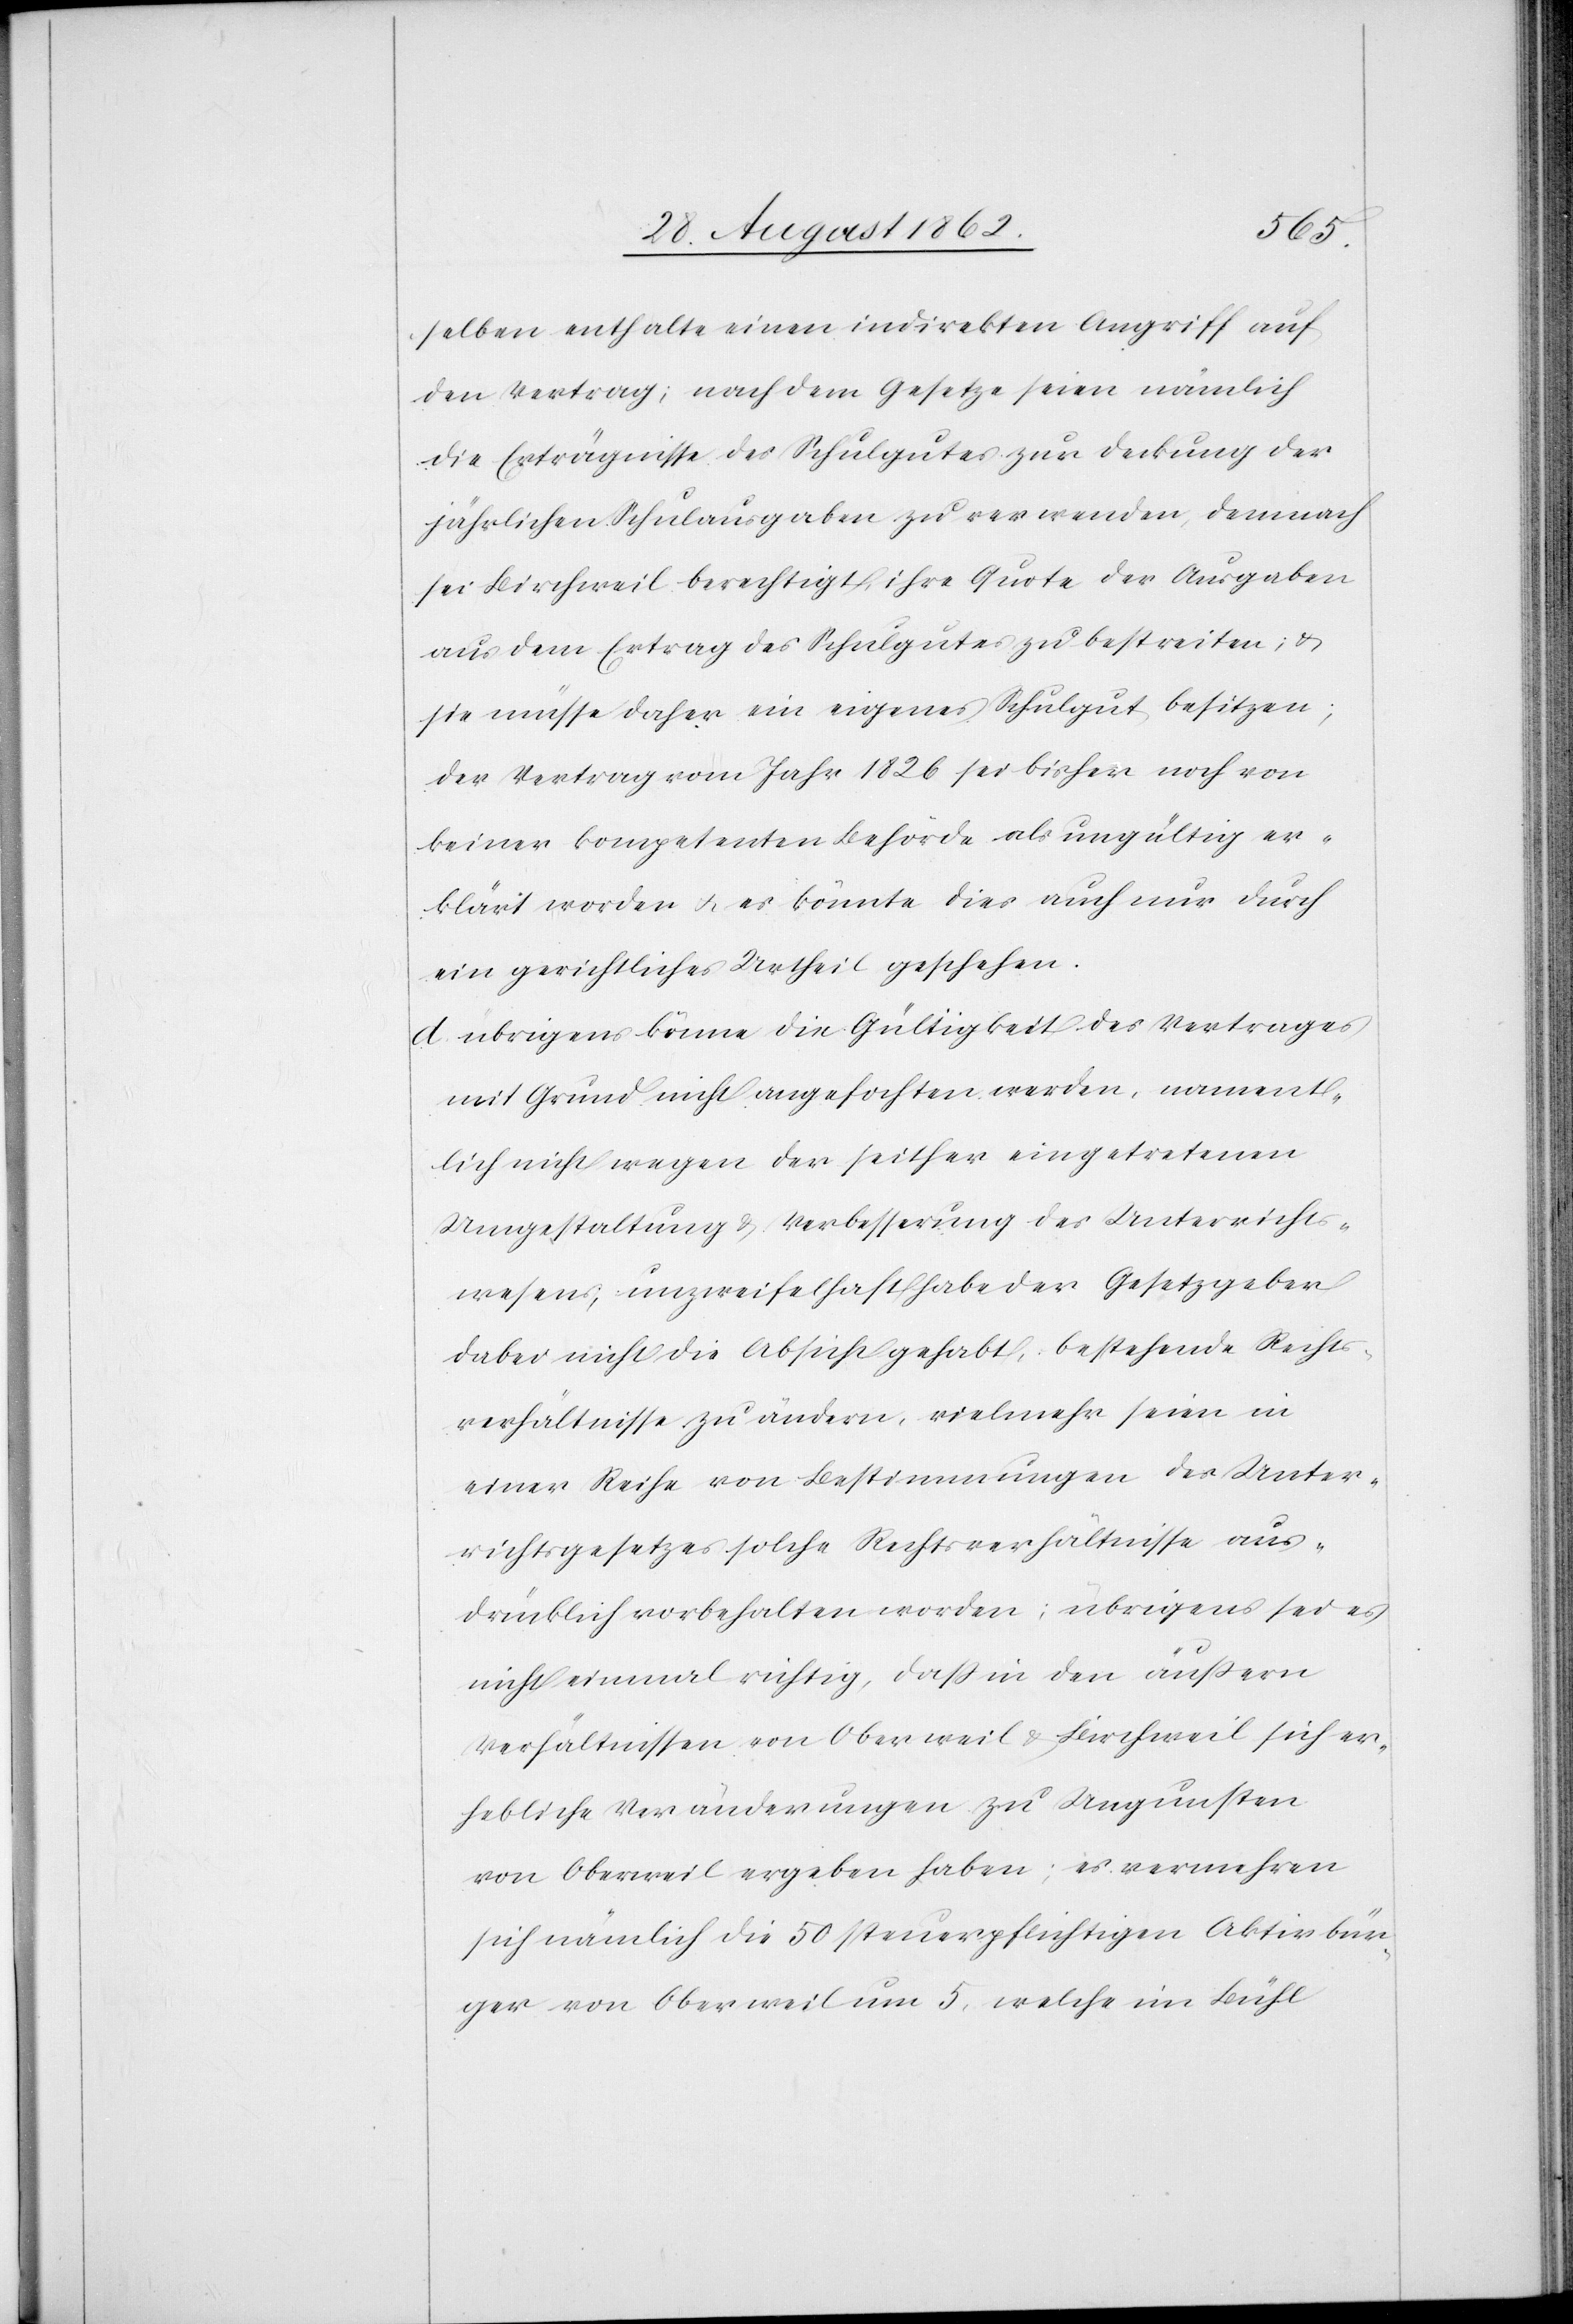
selben enthalte einen indirekten Angriff auf
den Vertrag; nach dem Gesetze seien nämlich
die Erträgnisse des Schulgutes zur Deckung der
jährlichen Schulausgaben zu verwenden, demnach
sei Birchweil berechtigt, ihre Quote der Ausgaben
aus dem Ertrag des Schulgutes zu bestreiten; u.
sie müsse daher ein eigenes Schulgut besitzen;
der Vertrag vom Jahr 1826 sei bisher noch von
keiner kompetenten Behörde als ungültig er¬
klärt worden u. es könnte dies auch nur durch
ein gerichtliches Urtheil geschehen.
d. übrigens könne die Gültigkeit des Vertrages
mit Grund nicht angefochten werden, nament¬
lich nicht wegen der seither eingetretenen
Umgestaltung u. Verbesserung des Unterrichts¬
wesens; unzweifelhaft habe der Gesetzgeber
dabei nicht die Absicht gehabt, bestehende Rechts¬
verhältnisse zu ändern, vielmehr seien in
einer Reihe von Bestimmungen des Unter¬
richtsgesetzes solche Rechtsverhältnisse aus¬
drücklich vorbehalten worden; übrigens sei es
nicht einmal richtig, daß in den äußern
Verhältnissen von Oberweil u. Birchweil sich er¬
hebliche Veränderungen zu Ungunsten
von Oberweil ergeben haben; es vermehren
sich nämlich die 50 steuerpflichtigen Aktivbür¬
ger von Oberweil um 5, welche im Bühl